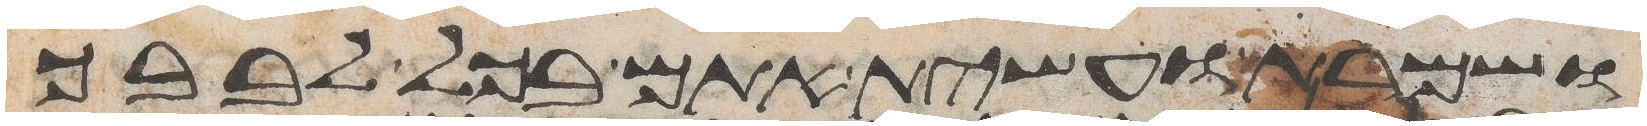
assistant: ושמרת ועשית אתם בכל לבבך